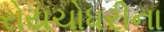
રોયચોધરીના